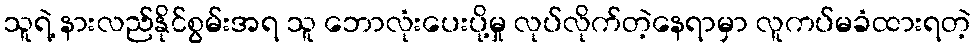
သူရဲ့ နားလည်နိုင်စွမ်းအရ သူ ဘောလုံးပေးပို့မှု လုပ်လိုက်တဲ့နေရာမှာ လူကပ်မခံထားရတဲ့